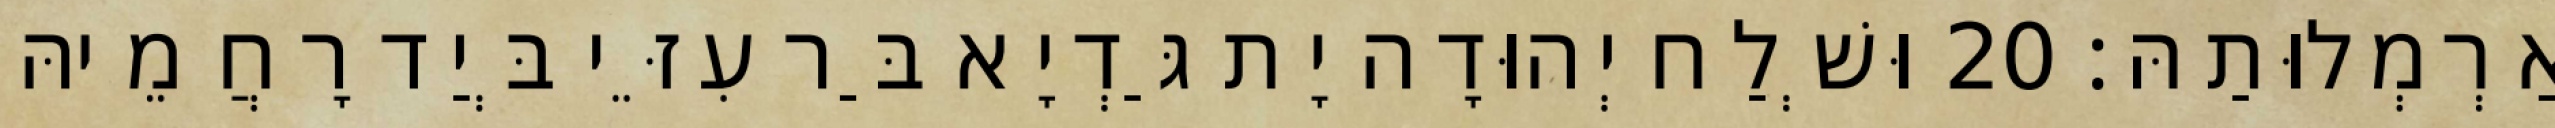
אַרְמְלוּתַהּ׃ 20 וּשְׁלַח יְהוּדָה יָת גַּדְיָא בַּר עִזֵּי בְּיַד רָחֲמֵיהּ